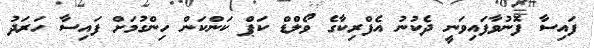
ފައިސާ ފޮނުވާފައިވަނީ ދެކުނު އެފްރިކާގެ ވޯލްޑް ކަޕް ކަންކަން ހިންގުމަށް ފައިސާ ހަރަދު